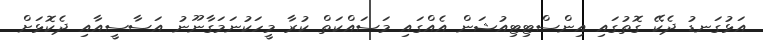
އަޅުގަނޑު ދެކޭ ގޮތުގައި އިންސްޓިޓިއުޝަން އެއްގައި މަސައްކަތް ކުރާ މީހަކުނަމަގާނޫނު އަސާސީއާއި ދެކޮޅަށް